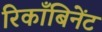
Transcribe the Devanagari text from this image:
रिकाँबिनेंट